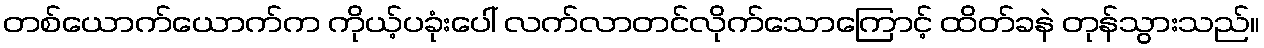
တစ်ယောက်ယောက်က ကိုယ့်ပခုံးပေါ် လက်လာတင်လိုက်သောကြောင့် ထိတ်ခနဲ တုန်သွားသည်။